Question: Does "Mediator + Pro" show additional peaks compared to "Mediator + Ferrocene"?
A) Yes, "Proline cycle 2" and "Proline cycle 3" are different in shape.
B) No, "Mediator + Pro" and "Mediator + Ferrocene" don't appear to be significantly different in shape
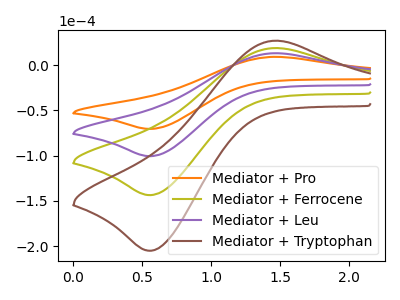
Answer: <think>The orange curve "Mediator + Pro" has an anodic peak at (1.45V, 9.30uA) and a cathodic peak at (0.55V, -70.35uA). The olive curve "Mediator + Ferrocene" has an anodic peak at (1.45V, 26.55uA) and a cathodic peak at (0.55V, -201.00uA). The purple curve "Mediator + Leu" has an anodic peak at (1.45V, 13.30uA) and a cathodic peak at (0.55V, -100.50uA). The brown curve "Mediator + Tryptophan" has an anodic peak at (1.45V, 39.85uA) and a cathodic peak at (0.55V, -301.50uA).
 All the peaks in "Mediator + Pro" have a peak in "Mediator + Ferrocene" at the same potential. Every peak in "Mediator + Pro" is lower than every peak in "Mediator + Ferrocene".</think>
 <answer>B) No, "Mediator + Pro" and "Mediator + Ferrocene" don't appear to be significantly different in shape</answer>
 <eval>B</eval>